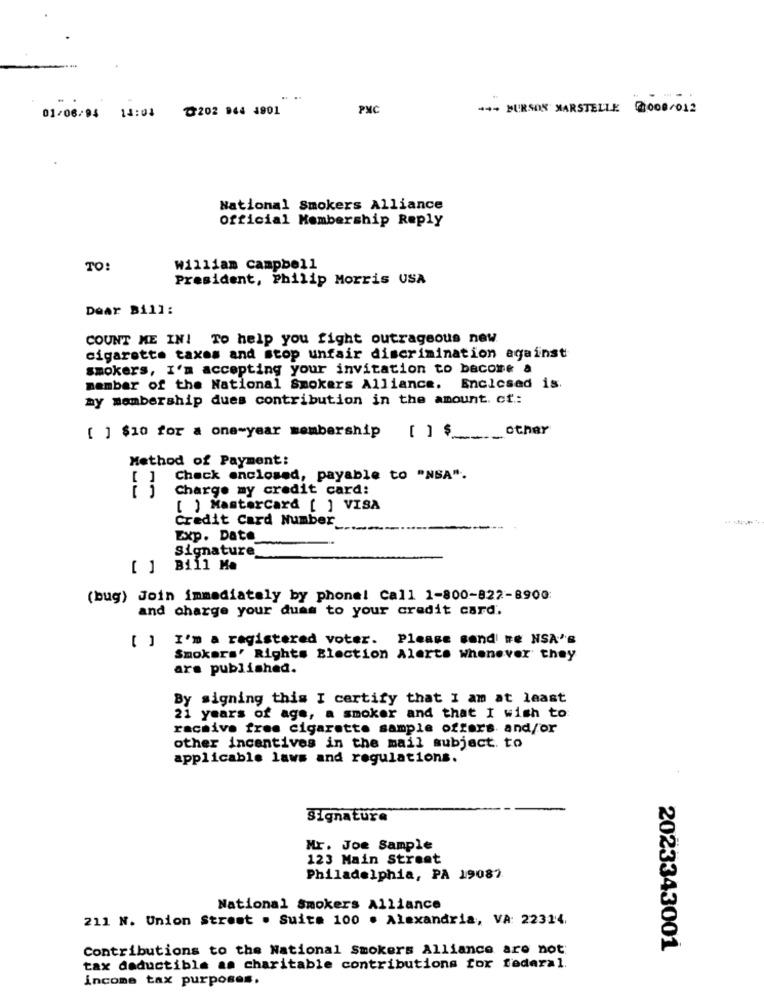
...
01/06/94 14:04 ℃202 044 4901
PMC
--- EURSOS MARSTELLE 2008/012
National Smokers Alliance
Official Membership Reply
TO:
william campbell
President, Philip Morris USA
Dear Bill:
COUNT ME IN! To help you fight outrageous new
cigarette taxes and stop unfair discrimination against
smokers, I'm accepting your invitation to become a
member of the National Smokers Alliance. Enclosed is.
my membership dues contribution in the amount. cf .:
[ ] $10 for a one-year membership [ ] $ other
Method of Payment:
Check enclosed, payable to "NSA".
Charge my credit card:
[ ] Mastercard [ ] VISA
Credit Card Number _...
Exp. Date
Signature
[ ] Bill Me
(bug) Join immediately by phone! Call 1-800-822-8900:
and charge your duas to your credit card.
[ ] I'm a registered voter. Please send' "e NSA'S
Smokers' Rights Election Alerte whenever they
are published.
By signing this I certify that I am at least
21 years of age, a smoker and that I wish to
racsive free cigarette sample offers and/or
other incentives in the mail subject. to
applicable laws and regulations.
Signatura
Mr. Joe Sample
123 Main Street
Philadelphia, PA 19087
National Smokers Alliance
211 N. Union Street . Suite 100 . Alexandria, VA: 22314.
Contributions to the National smokers Alliance are not:
2023343001
tax deductible as charitable contributions for federal.
income tax purposes.